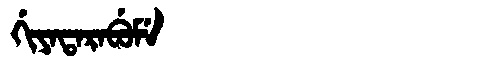
Manchu: ᡤᡳᠶᠠᡨᠠᡵᠠᠪᡠᠮᡝ
Romanization: GIYATARABUME